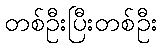
တစ်ဦးပြီးတစ်ဦး